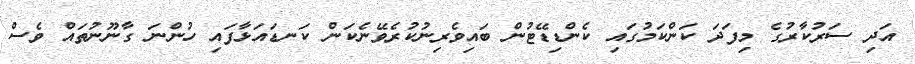
އަދި ސަރުކާރުގެ މިފަދަ ކަންކަމުގައި ކެންޑިޑޭޓުން ބައިވެރިނުކުރެވޭނެކަން ކަނޑައަޅާފައި ހުންނަ ގާނޫނުތައް ވެސް